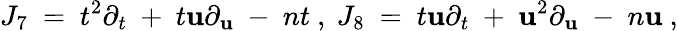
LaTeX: J_{7}\ =\ t^{2}\partial_{t}\ +\ t\mathbf{u}\partial_{\mathbf{u}}\ -\ nt\ ,\ J_{8}\ =\ t\mathbf{u}\partial_{t}\ +\ \mathbf{u}^{2}\partial_{\mathbf{u}}\ -\ n\mathbf{u}\ ,